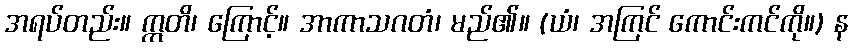
အရပ်တည်း။ ဣတိ၊ ကြောင့်။ အာကာသဂတံ၊ မည်၏။ (ယံ၊ အကြင် ကောင်းကင်ကို။) န